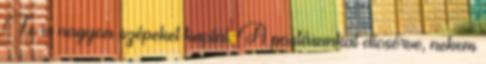
Te is nagyon szépeket kaptál: A postásunkat dicsérve, nekem